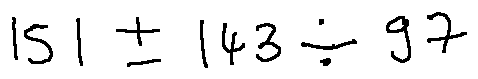
1 5 1 \pm 1 4 3 \div 9 7